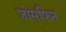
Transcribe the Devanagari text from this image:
जोसफिन